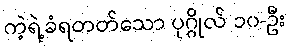
ကဲ့ရဲ့ခံရတတ်သော ပုဂ္ဂိုလ် ၁၀-ဦး